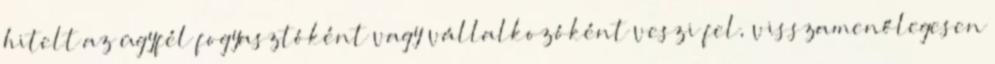
hitelt az ügyfél fogyasztóként vagy vállalkozóként veszi fel, visszamenőlegesen